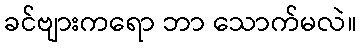
ခင်ဗျားကရော ဘာ သောက်မလဲ။